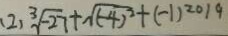
( 2 ) \sqrt [ 3 ] { - 2 7 } + \sqrt { ( - 4 ) ^ { 2 } } + ( - 1 ) ^ { 2 0 1 9 }